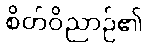
စိတ်ဝိညာဉ်၏